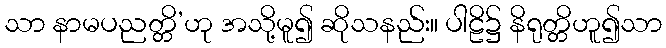
သာ နာမပညတ္တိ’ဟု အသို့မူ၍ ဆိုသနည်း။ ပါဠိ၌ နိရုတ္တိဟူ၍သာ